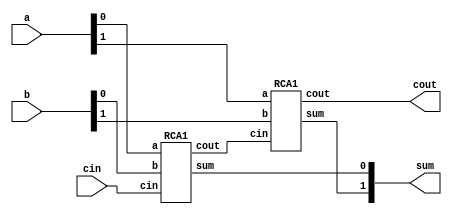
module RCA2(sum, cout, cin, a, b);
    input cin;
    input [1:0] a, b;
    output cout;
    output [1:0] sum;
    
    wire [1:0] carry;
    RCA1 iRCA[1:0](.sum(sum), .cout(carry), .cin({carry[0], cin}), .a(a), .b(b));
    assign cout = carry[1];

endmodule

module RCA1(sum, cout, cin, a, b);
    input cin, a, b;
    output cout, sum;
    
    assign sum = a ^ b ^ cin;
    assign cout = (a & b) | ((a ^ b) & cin);
    
endmodule